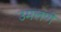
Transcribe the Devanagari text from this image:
उमलणे